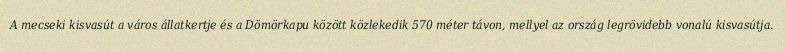
A mecseki kisvasút a város állatkertje és a Dömörkapu között közlekedik 570 méter távon, mellyel az ország legrövidebb vonalú kisvasútja.